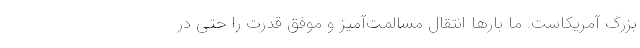
بزرگ آمریکاست. ما بارها انتقال مسالمت‌آمیز و موفق قدرت را حتی در